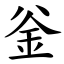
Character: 釡